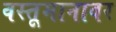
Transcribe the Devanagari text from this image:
वस्तूमानावर